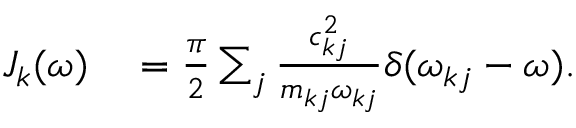
\begin{array} { r l } { J _ { k } ( \omega ) } & { { } = \frac { \pi } { 2 } \sum _ { j } \frac { c _ { k j } ^ { 2 } } { m _ { k j } \omega _ { k j } } \delta ( \omega _ { k j } - \omega ) . } \end{array}